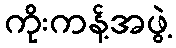
ကိုးကန့်အဖွဲ့